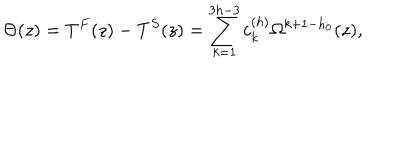
LaTeX: \Theta ( z ) = T ^ { F } ( z ) - T ^ { S } ( z ) = \sum _ { k = 1 } ^ { 3 h - 3 } c _ { k } ^ { ( h ) } \Omega ^ { k + 1 - h _ { 0 } } ( z ) ,